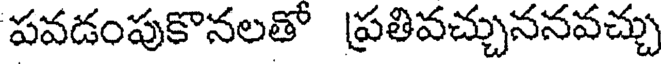
పవడంపుకొనలతో ప్రతివచ్చుననవచ్చు